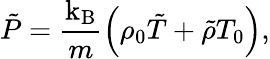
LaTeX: \tilde{P}=\frac{\mathrm{k_{B}}}{m}\left(\rho_{0}\tilde{T}+\tilde{\rho}T_{0}\right),